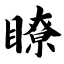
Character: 瞭